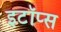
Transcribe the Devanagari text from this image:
इटॉप्स